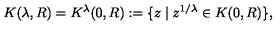
K ( \lambda , R ) = K ^ { \lambda } ( 0 , R ) : = \{ z \mid z ^ { 1 / \lambda } \in K ( 0 , R ) \} ,